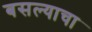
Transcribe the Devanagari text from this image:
बसल्याचा